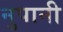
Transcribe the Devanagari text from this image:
नुपानी